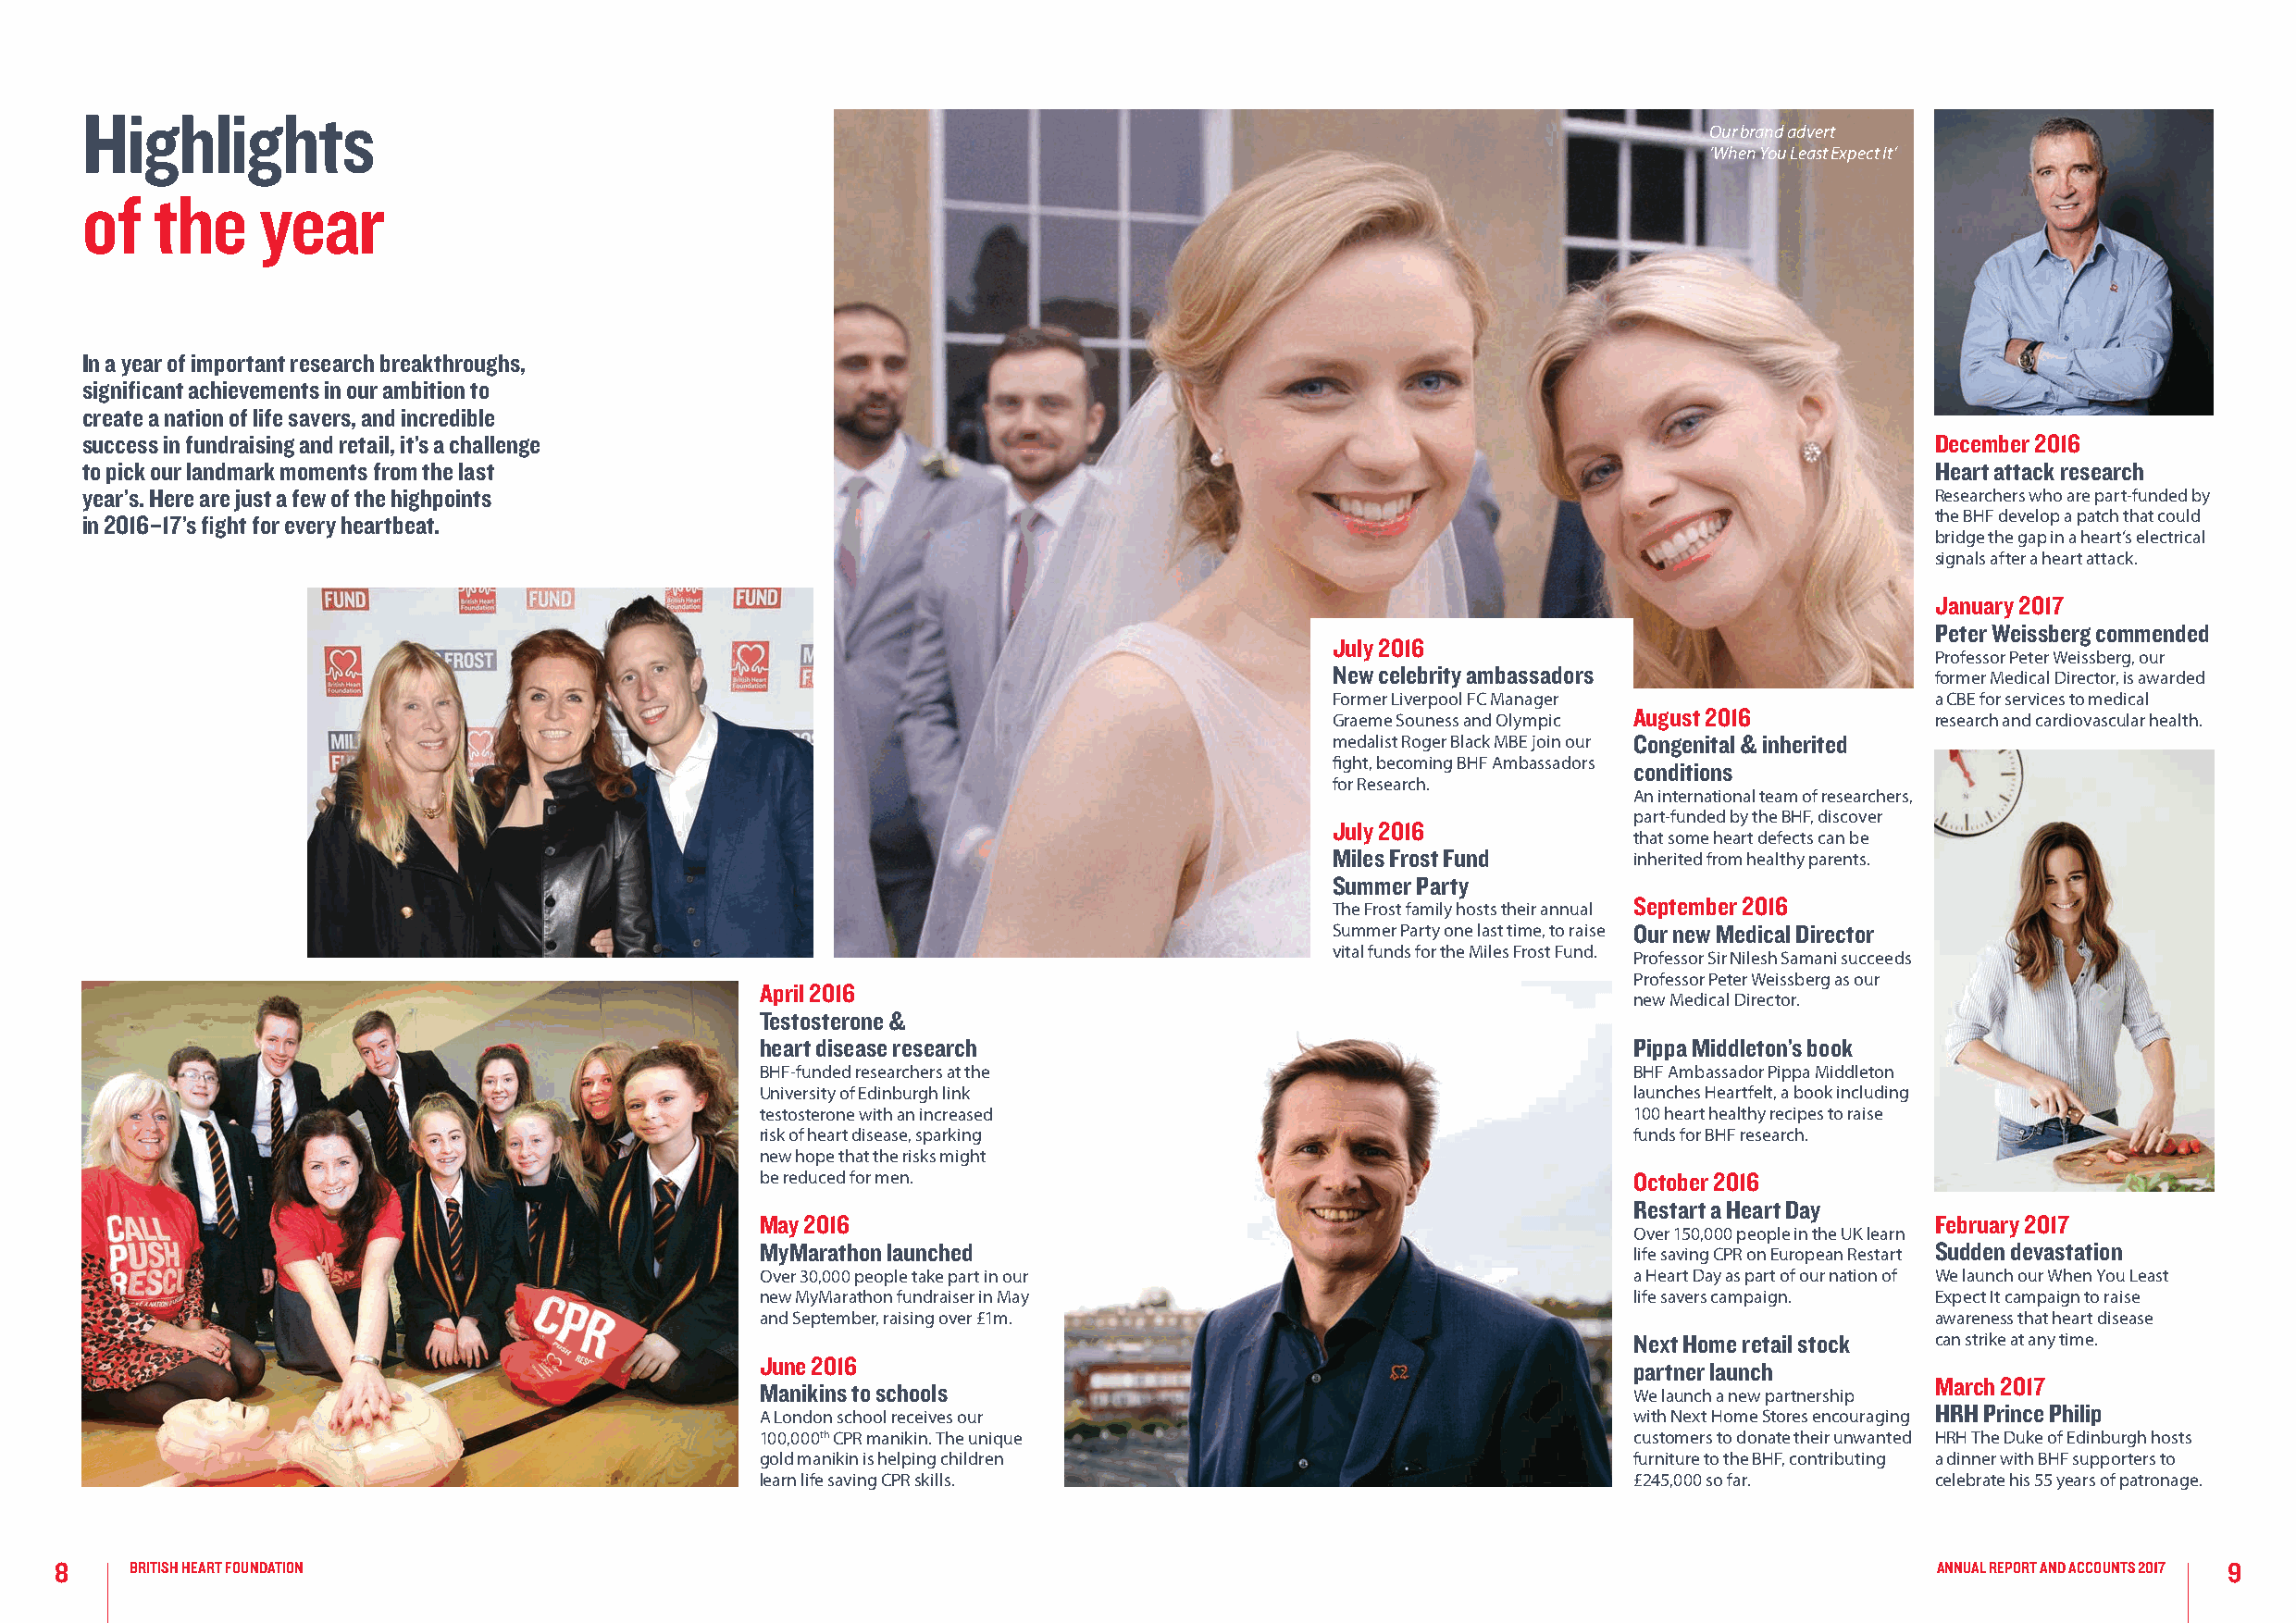
Highlights
 Our brand advert
 ‘When You Least Expect It’
 of   the     year
 In a year of important research breakthroughs,
 significant achievements in our ambition to
 create a nation of life savers, and incredible
 success in fundraising and retail, it’s a challenge                                                                                 December 2016
 to pick our landmark moments from the last                                                                                          Heart attack research
 year’s. Here are just a few of the highpoints                                                                                       Researchers who are part-funded by
 the BHF develop a patch that could
 in 2016–17’s fight for every heartbeat.
 bridge the gap in a heart’s electrical
 signals after a heart attack.
 January 2017
 Peter Weissberg commended
 July 2016
 Professor Peter Weissberg, our
 New celebrity ambassadors
 former Medical Director, is awarded
 Former Liverpool FC Manager                a CBE for services to medical
 August 2016
 Graeme Souness and Olympic                 research and cardiovascular health.
 medalist Roger Black MBE join our Congenital & inherited
 fight, becoming BHF Ambassadors conditions
 for Research.
 An international team of researchers,
 part-funded by the BHF, discover
 July 2016
 that some heart defects can be
 Miles Frost Fund      inherited from healthy parents.
 Summer Party
 September 2016
 The Frost family hosts their annual
 Summer Party one last time, to raise Our new Medical Director
 vital funds for the Miles Frost Fund. Professor Sir Nilesh Samani succeeds
 Professor Peter Weissberg as our
 April 2016
 new Medical Director.
 Testosterone &
 heart disease research                                         Pippa Middleton’s book
 BHF-funded researchers at the                                  BHF Ambassador Pippa Middleton
 University of Edinburgh link                                   launches Heartfelt, a book including
 testosterone with an increased                                 100 heart healthy recipes to raise
 risk of heart disease, sparking                                funds for BHF research.
 new hope that the risks might
 be reduced for men.                                            October 2016
 Restart a Heart Day
 May 2016                                                                            February 2017
 Over 150,000 people in the UK learn
 MyMarathon launched                                                                 Sudden devastation
 life saving CPR on European Restart
 Over 30,000 people take part in our                            a Heart Day as part of our nation of We launch our When You Least
 new MyMarathon fundraiser in May                               life savers campaign. Expect It campaign to raise
 and September, raising over £1m.                                                    awareness that heart disease
 Next Home retail stock can strike at any time.
 June 2016                                                      partner launch
 March 2017
 Manikins to schools
 We launch a new partnership
 HRH Prince Philip
 A London school receives our                                   with Next Home Stores encouraging
 100,000th CPR manikin. The unique                              customers to donate their unwanted HRH The Duke of Edinburgh hosts
 gold manikin is helping children                               furniture to the BHF, contributing a dinner with BHF supporters to
 learn life saving CPR skills.                                  £245,000 so far.     celebrate his 55 years of patronage.
 8    BRITISH HEART FOUNDATION                                                                                                          ANNUAL REPORT AND ACCOUNTS 2017 9